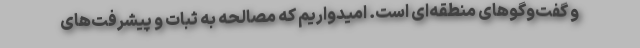
و گفت‌وگوهای منطقه‌ای است. امیدواریم که مصالحه به ثبات و پیشرفت‌های